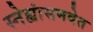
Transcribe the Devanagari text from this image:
स्नेह्यांसमवेत